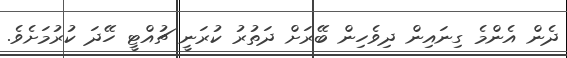
ދެން އެންމެ ގިނައިން ދިވެހިން ބޭރަށް ދަތުރު ކުރަނީ ޗުއްޓީ ހޭދަ ކުރުމަށެވެ.